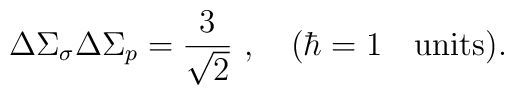
\Delta \Sigma_\sigma \Delta \Sigma_p={3\over \sqrt 2}\ , \quad (\hbar=1	\quad\hbox{units}).